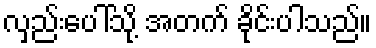
လှည်းပေါ်သို့ အတက် ခိုင်းပါသည်။